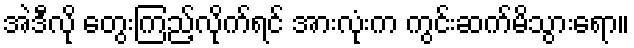
အဲဒီလို တွေးကြည့်လိုက်ရင် အားလုံးက ကွင်းဆက်မိသွားရော။